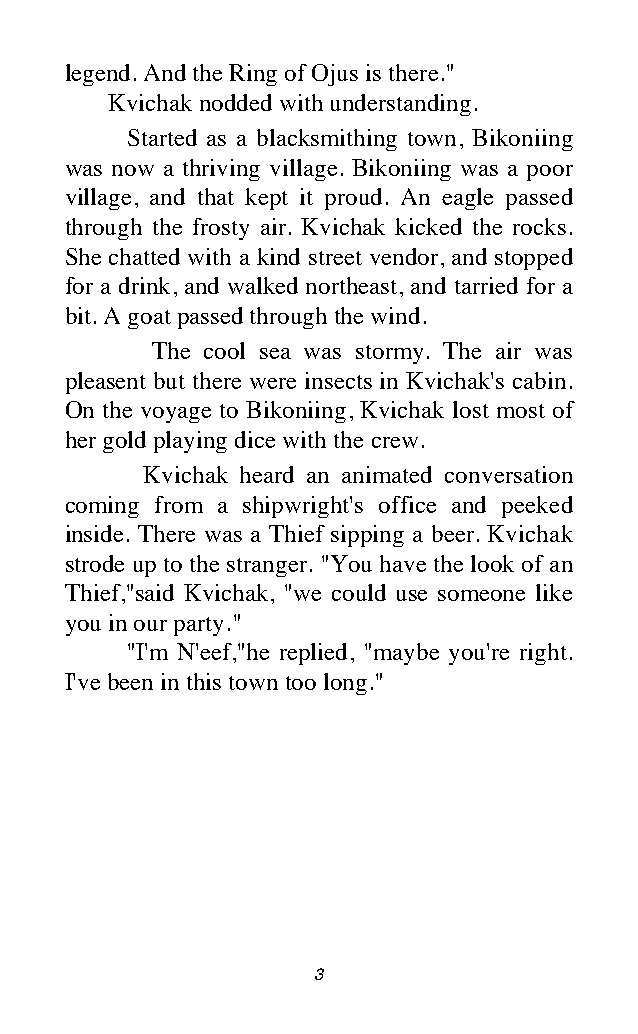
legend. And the Ring of Ojus is there."
 Kvichak nodded with understanding.
 Started as a blacksmithing town, Bikoniing
 was now a thriving village. Bikoniing was a poor
 village, and that kept it proud. An eagle passed
 through the frosty air. Kvichak kicked the rocks.
 She chatted with a kind street vendor, and stopped
 for a drink, and walked northeast, and tarried for a
 bit. A goat passed through the wind.
 The cool sea was stormy. The air was
 pleasent but there were insects in Kvichak's cabin.
 On the voyage to Bikoniing, Kvichak lost most of
 her gold playing dice with the crew.
 Kvichak heard an animated conversation
 coming from a shipwright's office and peeked
 inside. There was a Thief sipping a beer. Kvichak
 strode up to the stranger. "You have the look of an
 Thief,"said Kvichak, "we could use someone like
 you in our party."
 "I'm N'eef,"he replied, "maybe you're right.
 I've been in this town too long."
 3